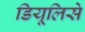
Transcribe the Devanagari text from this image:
डियूलिसे